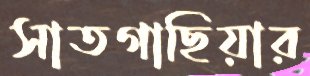
সাতগাছিয়ার